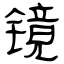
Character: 镜